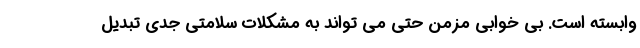
وابسته است. بی خوابی مزمن حتی می تواند به مشکلات سلامتی جدی تبدیل